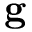
\textbf { g }